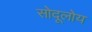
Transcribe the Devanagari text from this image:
सोदूलोय